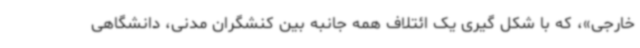
خارجی»، که با شکل گیری یک ائتلاف همه جانبه بین کنشگران مدنی، دانشگاهی